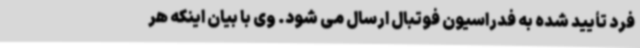
فرد تأیید شده به فدراسیون فوتبال ارسال می شود. وی با بیان اینکه هر